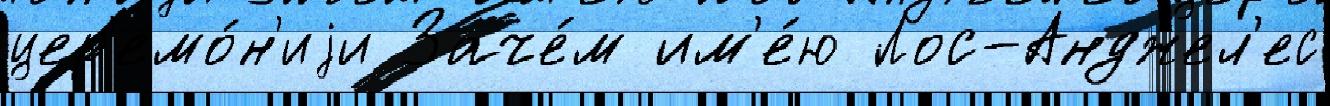
цер'емо́н'иjи Заче́м им'е́ю Лос-Анджел'ес